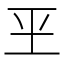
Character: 𰡮